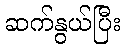
ဆက်နွယ်ပြီး